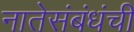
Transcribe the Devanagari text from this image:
नातेसंबंधंची